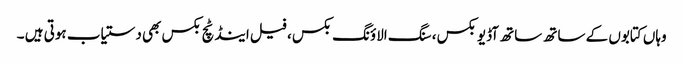
وہاں کتابوں کے ساتھ ساتھ آڈیو بکس ، سنگ الاؤنگ بکس ، فیل اینڈ ٹچ بکس بھی دستیاب ہوتی ہیں ۔